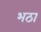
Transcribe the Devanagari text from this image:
भठा